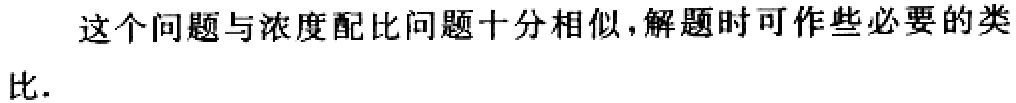
这个问题与浓度配比问题十分相似,解题时可作些必要的类比.